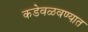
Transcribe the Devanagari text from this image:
कडेवळवण्यात